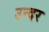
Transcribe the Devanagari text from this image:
उन्दर